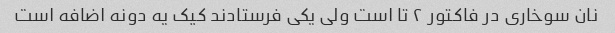
نان سوخاری در فاکتور ۲ تا است ولی یکی فرستادند کیک یه دونه اضافه است